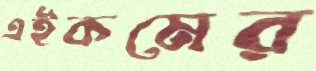
এইকমের